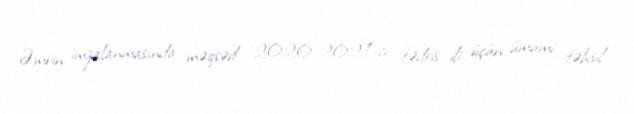
Əmrin imzalanmasında məqsəd 2020-2021-ci tədris ili üçün ümumi təhsil